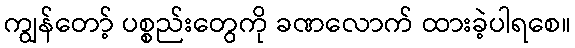
ကျွန်တော့် ပစ္စည်းတွေကို ခဏလောက် ထားခဲ့ပါရစေ။